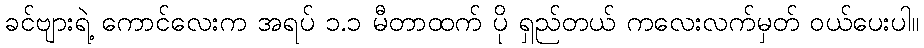
ခင်ဗျားရဲ့ ကောင်လေးက အရပ် ၁.၁ မီတာထက် ပို ရှည်တယ် ကလေးလက်မှတ် ဝယ်ပေးပါ။